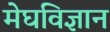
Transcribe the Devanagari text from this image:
मेघविज्ञान